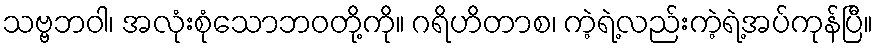
သဗ္ဗဘဝါ၊ အလုံးစုံသောဘဝတို့ကို။ ဂရိဟိတာစ၊ ကဲ့ရဲ့လည်းကဲ့ရဲ့အပ်ကုန်ပြီ။